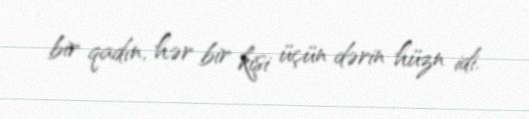
bir qadın, hər bir kişi üçün dərin hüzn idi.